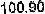
100.90